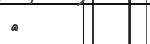
٧